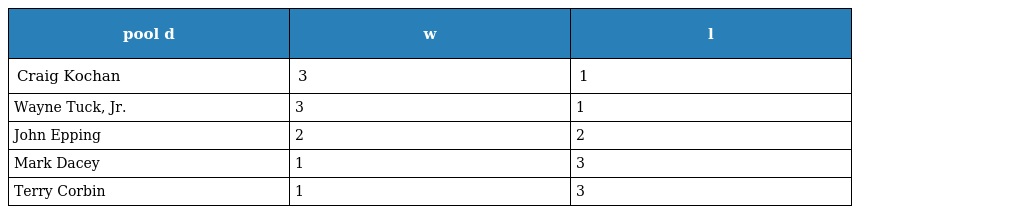
| pool d | w | l |
 | --- | --- | --- |
 | Craig Kochan | 3 | 1 |
 | Wayne Tuck, Jr. | 3 | 1 |
 | John Epping | 2 | 2 |
 | Mark Dacey | 1 | 3 |
 | Terry Corbin | 1 | 3 |